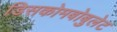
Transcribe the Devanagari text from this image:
डिसकोमबोबुलेट